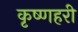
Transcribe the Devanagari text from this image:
कृष्णहरी